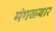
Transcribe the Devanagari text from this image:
मंगळ्वार